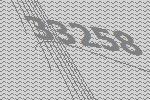
33258